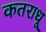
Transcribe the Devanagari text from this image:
कतराधू